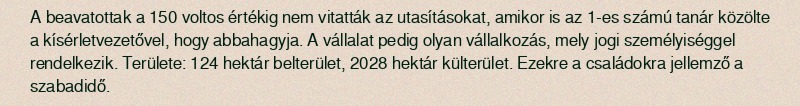
A beavatottak a 150 voltos értékig nem vitatták az utasításokat, amikor is az 1-es számú tanár közölte a kísérletvezetővel, hogy abbahagyja. A vállalat pedig olyan vállalkozás, mely jogi személyiséggel rendelkezik. Területe: 124 hektár belterület, 2028 hektár külterület. Ezekre a családokra jellemző a szabadidő.